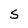
Character: S